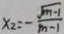
x _ { 2 } = - \frac { \sqrt { m - 1 } } { m - 1 }